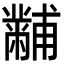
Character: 黼